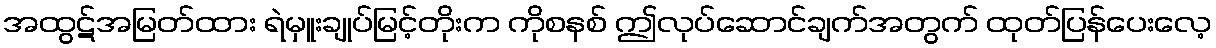
အထွဋ်အမြတ်ထား ရဲမှူးချုပ်မြင့်တိုးက ကိုစနစ် ဤလုပ်ဆောင်ချက်အတွက် ထုတ်ပြန်ပေးလေ့